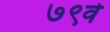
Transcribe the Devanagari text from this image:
७९वे